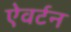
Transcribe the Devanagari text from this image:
ऐवर्टन